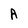
Character: A